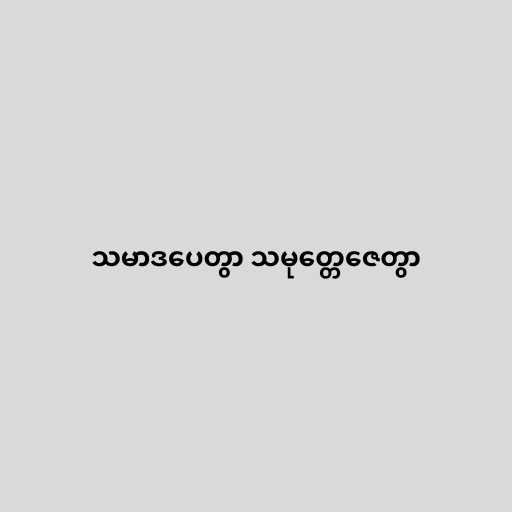
သမာဒပေတွာ သမုတ္တေဇေတွာ